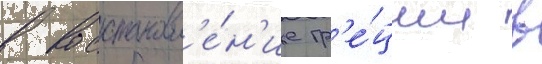
в восстановл'е́н'ие гр'е́ции в